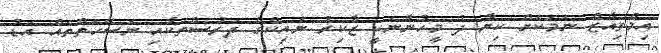
އިމްތިއާޒް ނަމަކަށް ކިޔާ ދެ މީހުންނަކީ ޒާކިރު ނައިކްގެ ދަރުސްތަކާއި ނަސޭހަތްތައް އަޑު